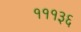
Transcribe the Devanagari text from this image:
१११३६